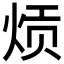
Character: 𬊎